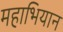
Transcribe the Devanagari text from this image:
महाभियान